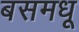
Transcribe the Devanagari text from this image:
बसमधू